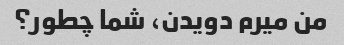
من میرم دویدن، شما چطور؟